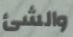
والشئ